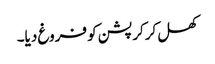
کھل کرکرپشن کو فروغ دیا۔